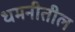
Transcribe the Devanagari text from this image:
धमनीतील